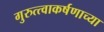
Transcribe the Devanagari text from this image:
गुरुत्त्वाकर्षणाच्या